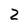
Character: 2